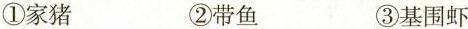
①家猪 ②带鱼 ③基围虾